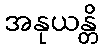
အနုယန္တိ